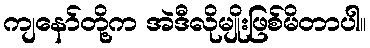
ကျနော်တို့က အဲဒီလိုမျိုးဖြစ်မိတာပါ။